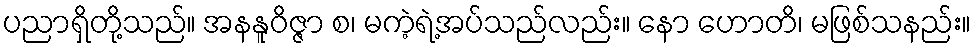
ပညာရှိတို့သည်။ အနနူဝိဇ္ဇာ စ၊ မကဲ့ရဲ့အပ်သည်လည်း။ နော ဟောတိ၊ မဖြစ်သနည်း။